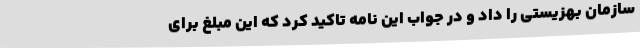
سازمان بهزیستی را داد و در جواب این نامه تاکید کرد که این مبلغ برای